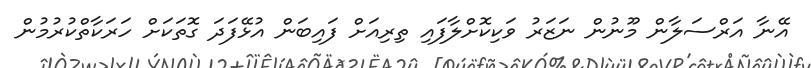
އޭނާ އަރްސަލާން މޫނުން ނަޒަރު ވަކިކޮށްލާފައި ތިރިއަށް ފައިބަން އުޅޭފަދަ ގޮތަކަށް ހަރަކާތްކުރުމުން